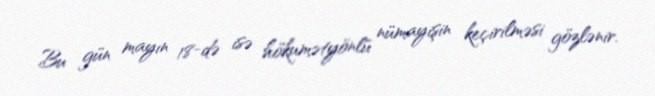
Bu gün mayın 18-də isə hökumətyönlü nümayişin keçirilməsi gözlənir.